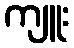
ကျူး